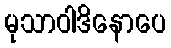
မုသာဝါဒိနောပေ